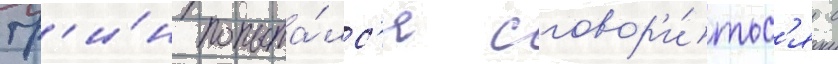
Гр'и́н попыта́лс'я сговор'и́тьс'я с